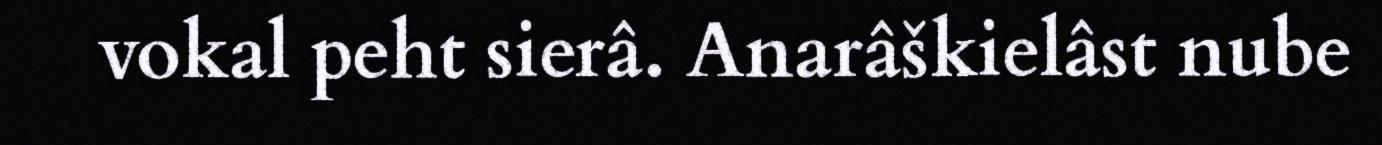
vokal peht sierâ. Anarâškielâst nube